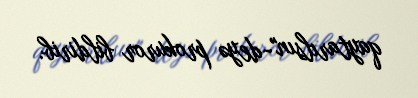
qaytarılsın"-deyə prokuror bildirib.